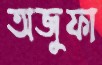
অজুফা